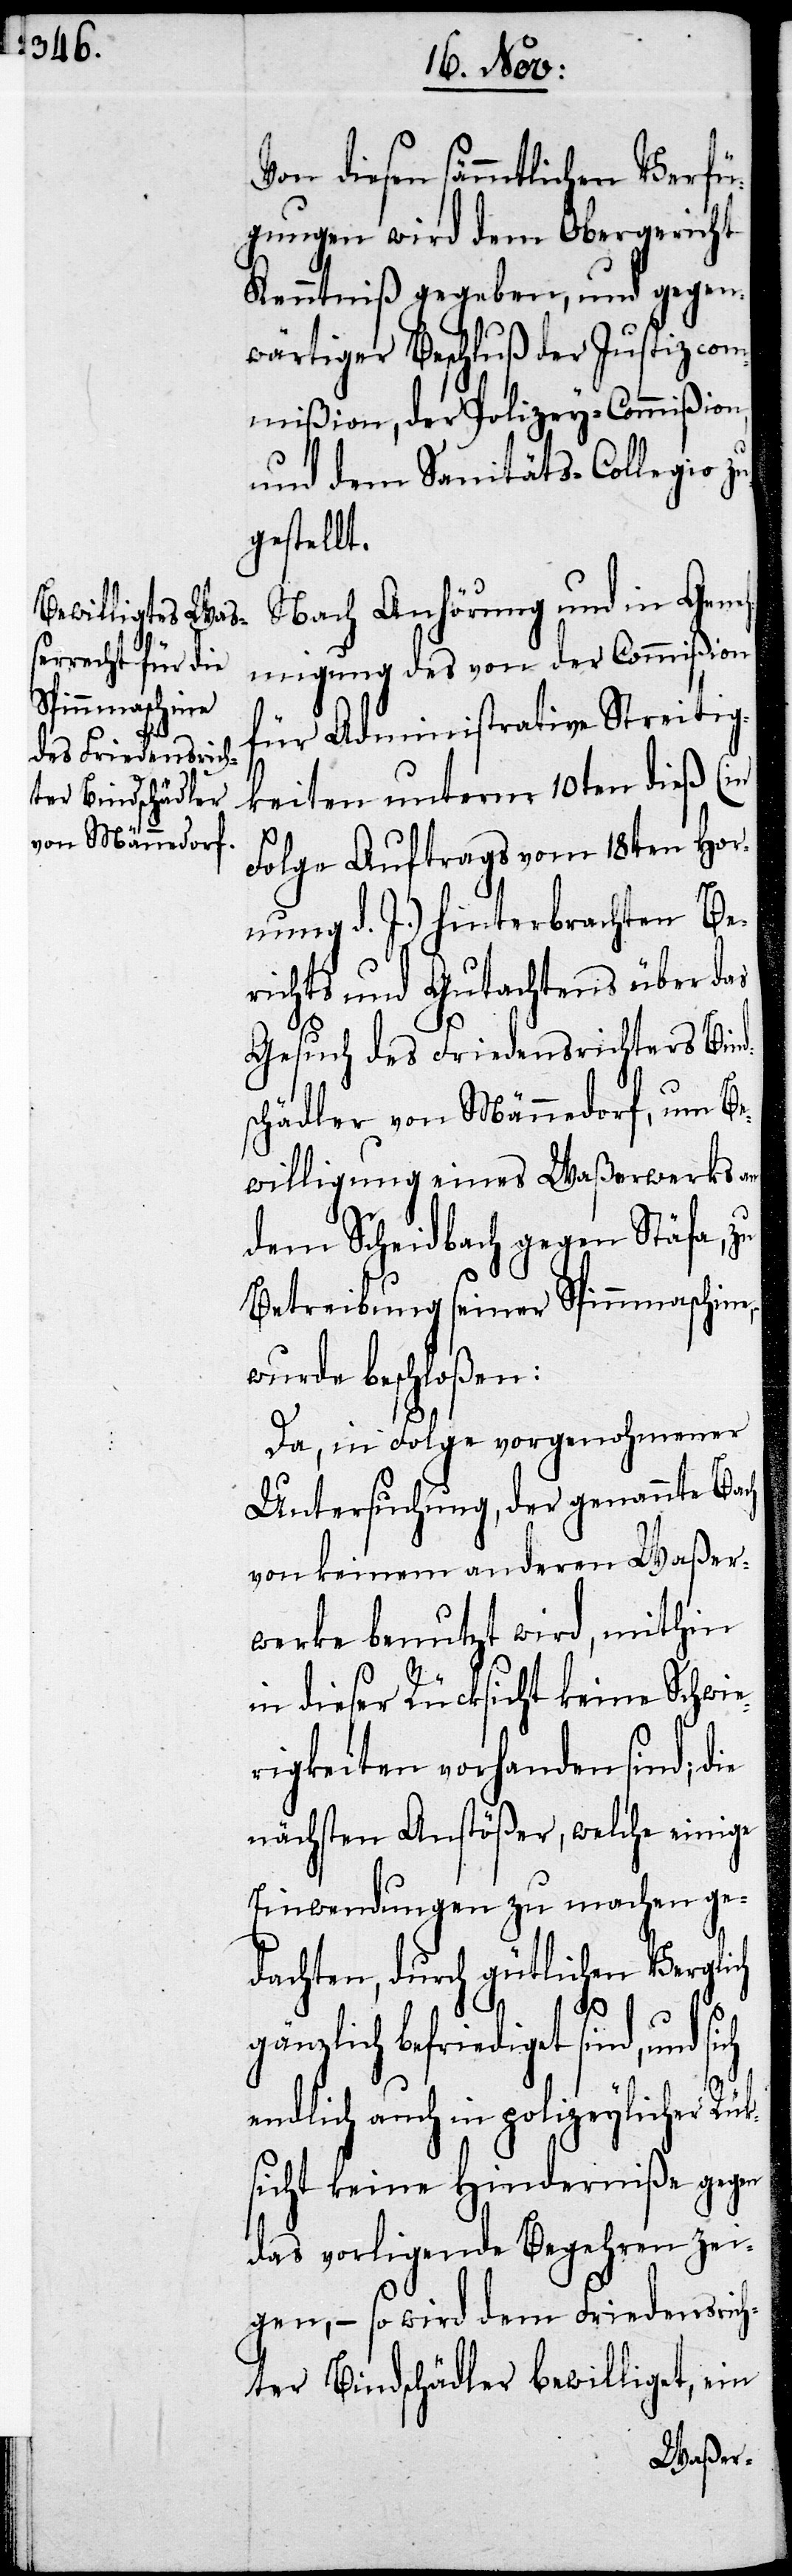
Von diesen sämmtlichen Verfü¬
gungen wird dem Obergericht
Kenntniß gegeben, und gegen¬
wärtiger Beschluß der Justizcom¬
mißion, der Polizey-Commißion,
und dem Sanitäts-Collegio zu¬
gestellt.
Nach Anhörung und in Gene¬
hmigung des von der Commißion
für Administrative Streitig¬
keiten unterm 10ten dieß (in
Folge Auftrags vom 18ten Hor¬
nung d. J.) hinterbrachten Be¬
richts und Gutachtens über das
Gesuch des Friedensrichters Bind¬
schädler von Männedorf, um Be¬
willigung eines Waßerwerks an
dem Scheidbach gegen Stäfa, zu
Betreibung seiner Spinnmaschine,
wurde beschloßen:
Da, in Folge vorgenohmener
Untersuchung, der genannte Bach
von keinem anderen Waßer¬
werke benutzt wird, mithin
in dieser Rücksicht keine Schwie¬
rigkeiten vorhanden sind; die
nächsten Anstößer, welche einige
Einwendungen zu machen ge¬
dachten, durch gütlichen Verg¬
l[e]ich
gänzlich befriediget sind, und
sich
endlich auch in polizeylicher Rük¬
sicht keine Hinderniße gegen
das vorligende Begehren zei¬
gen, – so wird dem Friedensrich¬
ter Bindschädler bewilliget, ein